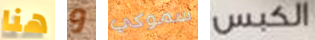
هنا و سموكي الكبس